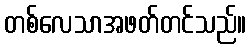
တစ်လေသာအဖတ်တင်သည်။